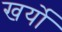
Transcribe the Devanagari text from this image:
खर्यो